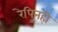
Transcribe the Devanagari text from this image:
रेपिनही